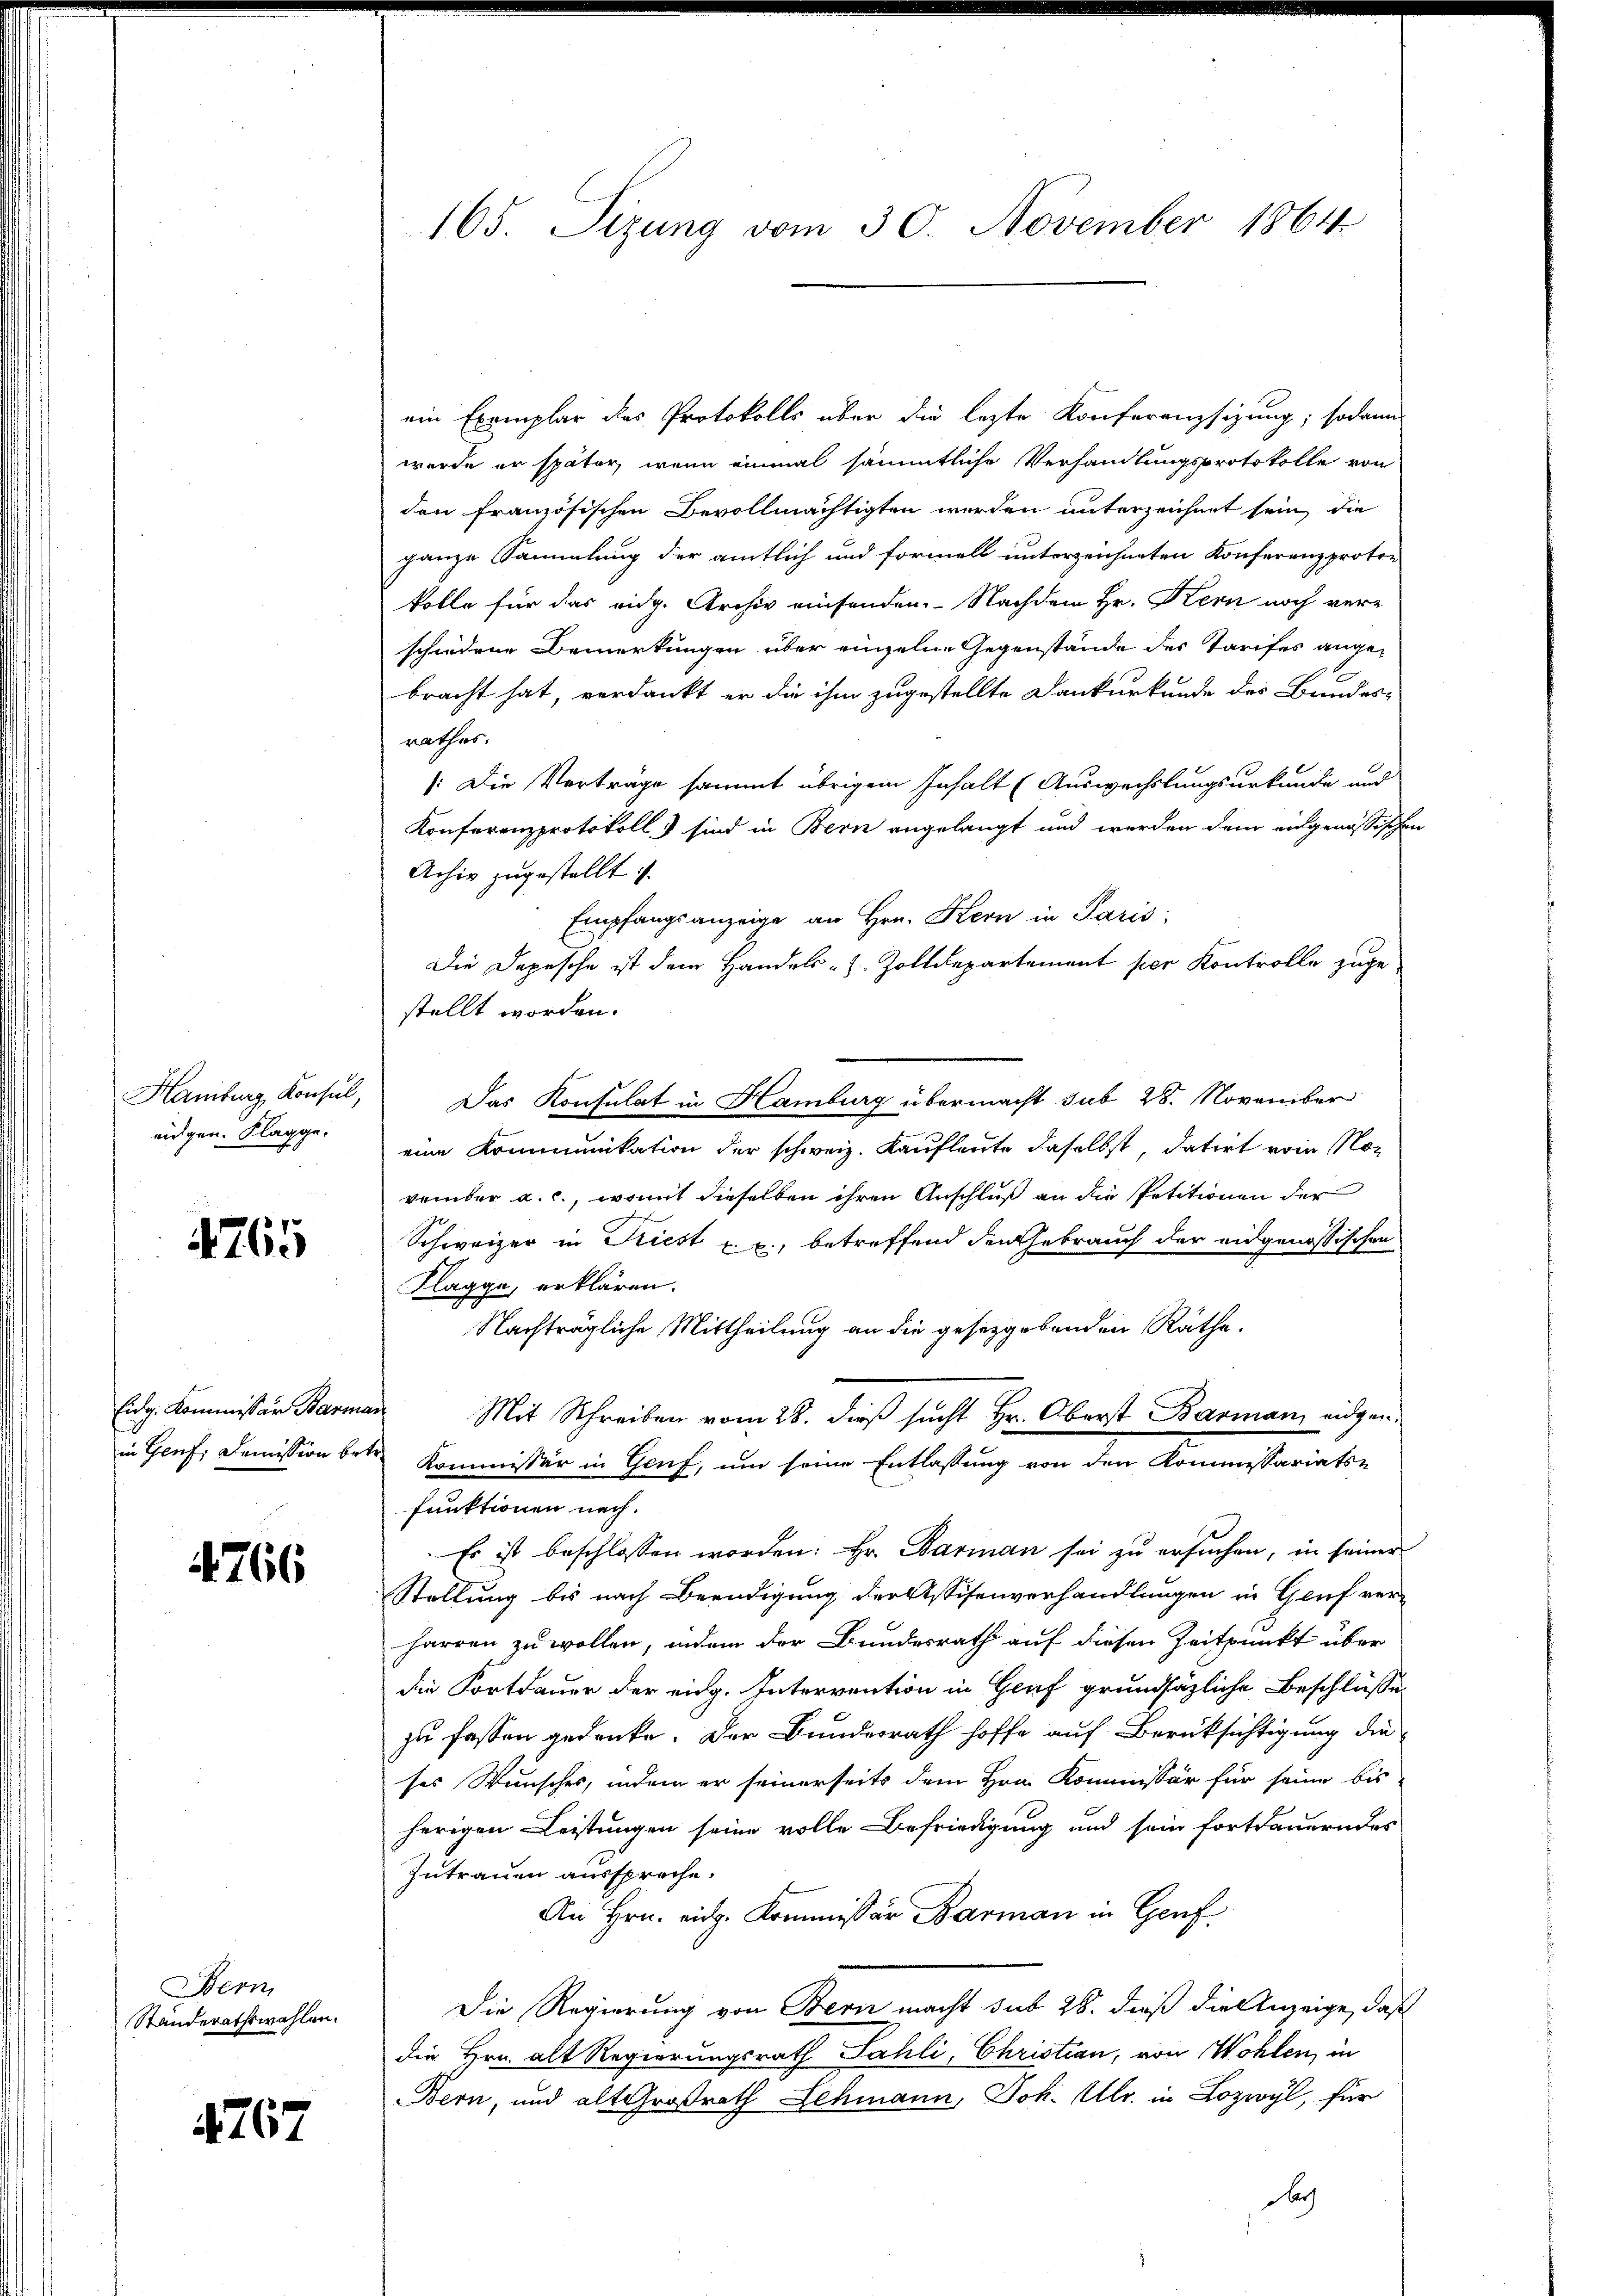
Hamburg, Konsul,
eugen. Klagge.

4765

Eidg. Kommissär Barm
in Genf. Demission be

4766

Bern,
Ständerathswahlen.

1767

165. Sizung vom 30. November 1864.

ein Exemplar das Protokolls über die lezte Konferenzsizung; sodann
werde er später, wenn einmal sämmtliche Verhandlungsprotokolle von
den französischen Bevollmächtigten werden unterzeichnet sein, die
ganze Sammlung der amtlich und formell unterzeichneten Konferenzproton
kolle für das eidg. Archiv einsenden. Nachdem Hr. Kern noch verschiedene Bemerkungen über einzelne Gegenstände des Tarifes angebracht hat, verdankt er die ihm zugestellte Dankurkunde des Bundes-
rathes.
/:Die Vertrage sammt übrigem Inhalt (Auswechslungsurkunde und
Konferenzprotokoll & sind in Bern angelangt und werden dem eingenössischen
Achiv zugestellt i
Empfangsanzeige an Hrn. Kern in Paris
Die Depesche ist dem Handels- u. Zolldepartement hier Kontrolle zugestellt worden.
Das Konsulat in Hamburg übermacht sub 28. November
eine Kommunikation der schweiz. Kaufleute daselbst, datirt vom November a. c., womit dieselben ihren Anschluß an die Petitionen der
Schweizer in Kriest u. c., betreffend den Gebrauch der angenössischen
Klagge, erklären.
Nachträgliche Mittheilung an die gesetzgebenden Räthe.
n
Mit Schreiben vom 28. dieß sucht Hr. Oberst Barman eidgen.
Kommissär in Genf, um seine Entlassung von den Kommissariats-
funktionen nach.
Es ist beschlossen worden: Hr. Barman sei zu ersuchen, in seiner
Stellung bis nach Beendigung der Assisenverhandlungen in Gruf ver-
harren zu wollen, indem der Bundesrath auf diesen Zeitpunkt über
die Fortdauer der eidg. Intervention in Genf grundsätzliche Beschlüsse
zu fassen gedenke. Der Bundesrath hoffe auf Berücksichtigung die
ses Wunsches, indem er seinerseits dem Hrn. Kommissär für seine bis
herigen Leistungen seine volle Befriedigung und sein fortdauerndes
Zutrauen ausspreche.
An Hrn. eidg. Kommissär Barman in Genf
Die Regierung von Bern macht sub 28. dieß die Anzeige, daß
die Hrn. alt Regierungsrath Sahli, Christian, von Wohlen, in
Bern, und alt Großrath Schmann, Joh. Ulr. in Lozwyl, für
dach